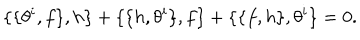
\{ \{ \theta ^ { i } , f \} , h \} + \{ \{ h , \theta ^ { i } \} , f \} + \{ \{ f , h \} , \theta ^ { i } \} = 0 .